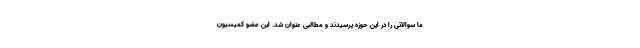
ما سوالاتی را در این حوزه پرسیدند و مطالبی عنوان شد. این عضو کمیسیون